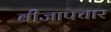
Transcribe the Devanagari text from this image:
बीजापचार